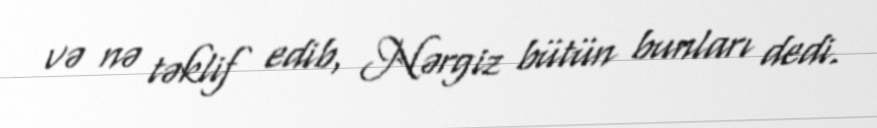
və nə təklif edib, Nərgiz bütün bunları dedi.